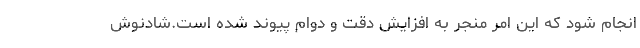
انجام شود كه این امر منجر به افزایش دقت و دوام پیوند شده است.شادنوش